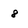
Character: 8